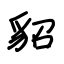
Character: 貂